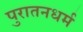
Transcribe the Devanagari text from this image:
पुरातनधर्म